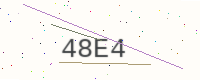
Text: 48E4